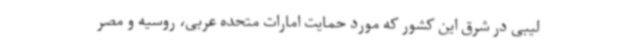
لیبی در شرق این کشور که مورد حمایت امارات متحده عربی، روسیه و مصر